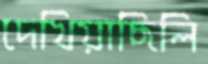
দেখিয়াছিলি